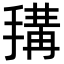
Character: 𢲱